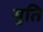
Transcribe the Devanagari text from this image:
मुति